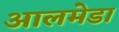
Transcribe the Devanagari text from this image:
आलमेडा